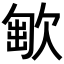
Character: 𣣯